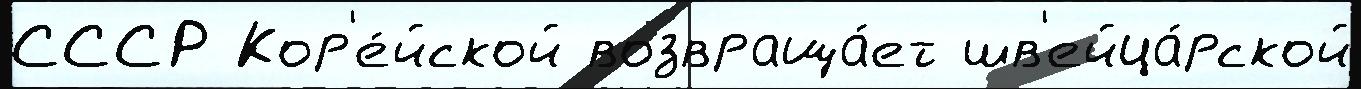
СССР Кор'е́йской возвраща́ет шв'ейца́рской